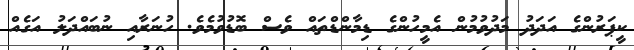
ކީޕަރުންގެ އަދަދު މަދުވުމުން އެމީހުންގެ ޑިމާންޑްތައް ވެސް ބޮޑުވުމެވެ. ހުނަރާއި ނުބައްދަލު އަގެއް